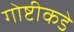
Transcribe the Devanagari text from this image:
गोष्टीकडे